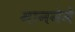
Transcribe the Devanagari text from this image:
माननेमे